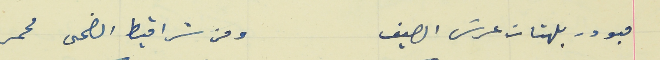
مبودر بلهتات عرش الصيف                                        ومن شراقيط الضحى محمر